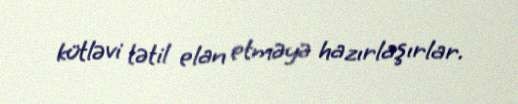
kütləvi tətil elan etməyə hazırlaşırlar.